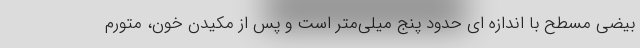
بیضی مسطح با اندازه ای حدود پنج میلی‌متر است و پس از مكیدن خون، متورم